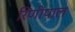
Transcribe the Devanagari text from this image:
रिणीपाल